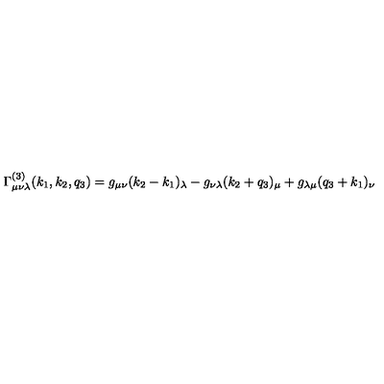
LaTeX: \Gamma _ { \mu \nu \lambda } ^ { ( 3 ) } ( k _ { 1 } , k _ { 2 } , q _ { 3 } ) = g _ { \mu \nu } ( k _ { 2 } - k _ { 1 } ) _ { \lambda } - g _ { \nu \lambda } ( k _ { 2 } + q _ { 3 } ) _ { \mu } + g _ { \lambda \mu } ( q _ { 3 } + k _ { 1 } ) _ { \nu }